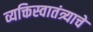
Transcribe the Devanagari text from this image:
व्यक्तिस्वातंत्र्याचे